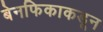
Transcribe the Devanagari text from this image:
बेनफिकाकडून